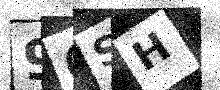
Text: 9QSH